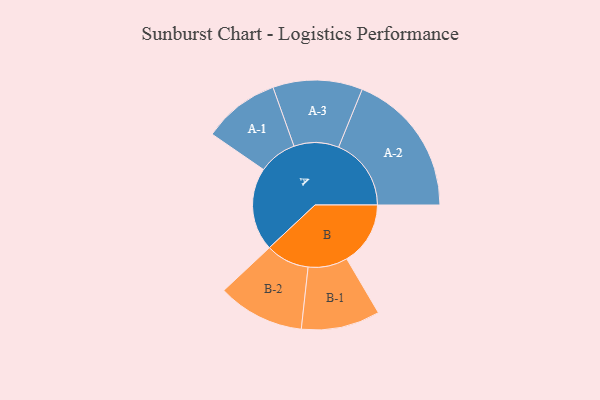
{"axis": {"x": "Segment", "y": "Value"}, "legend": ["", "A", "B"], "data": [{"x": "A", "y": 308, "type": ""}, {"x": "B", "y": 236, "type": ""}, {"x": "A-1", "y": 142, "type": "A"}, {"x": "A-2", "y": 269, "type": "A"}, {"x": "A-3", "y": 166, "type": "A"}, {"x": "B-1", "y": 146, "type": "B"}, {"x": "B-2", "y": 161, "type": "B"}]}